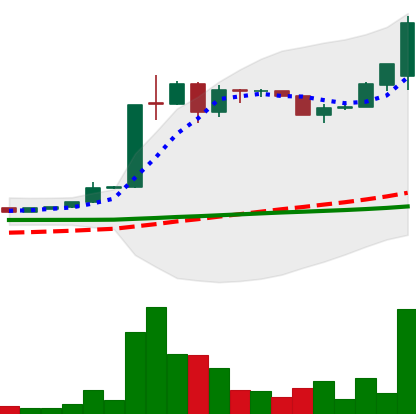
Ticker: LTC-USD
Chart end date: 2015-06-29
Forward return: 10.09%
Label: up_7plus